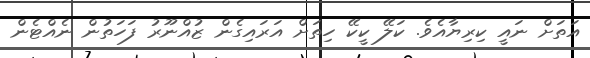
އަތަށް ނައީ ކިރިޔާއެވެ. ކަލޭ ކީކޭ ހިތަށް އަރައިގެން ޒުއްނޫރު ފަހަތުން ނެއްޓެން